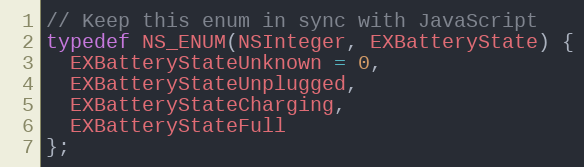
Language: C
// Keep this enum in sync with JavaScript
typedef NS_ENUM(NSInteger, EXBatteryState) {
  EXBatteryStateUnknown = 0,
  EXBatteryStateUnplugged,
  EXBatteryStateCharging,
  EXBatteryStateFull
};